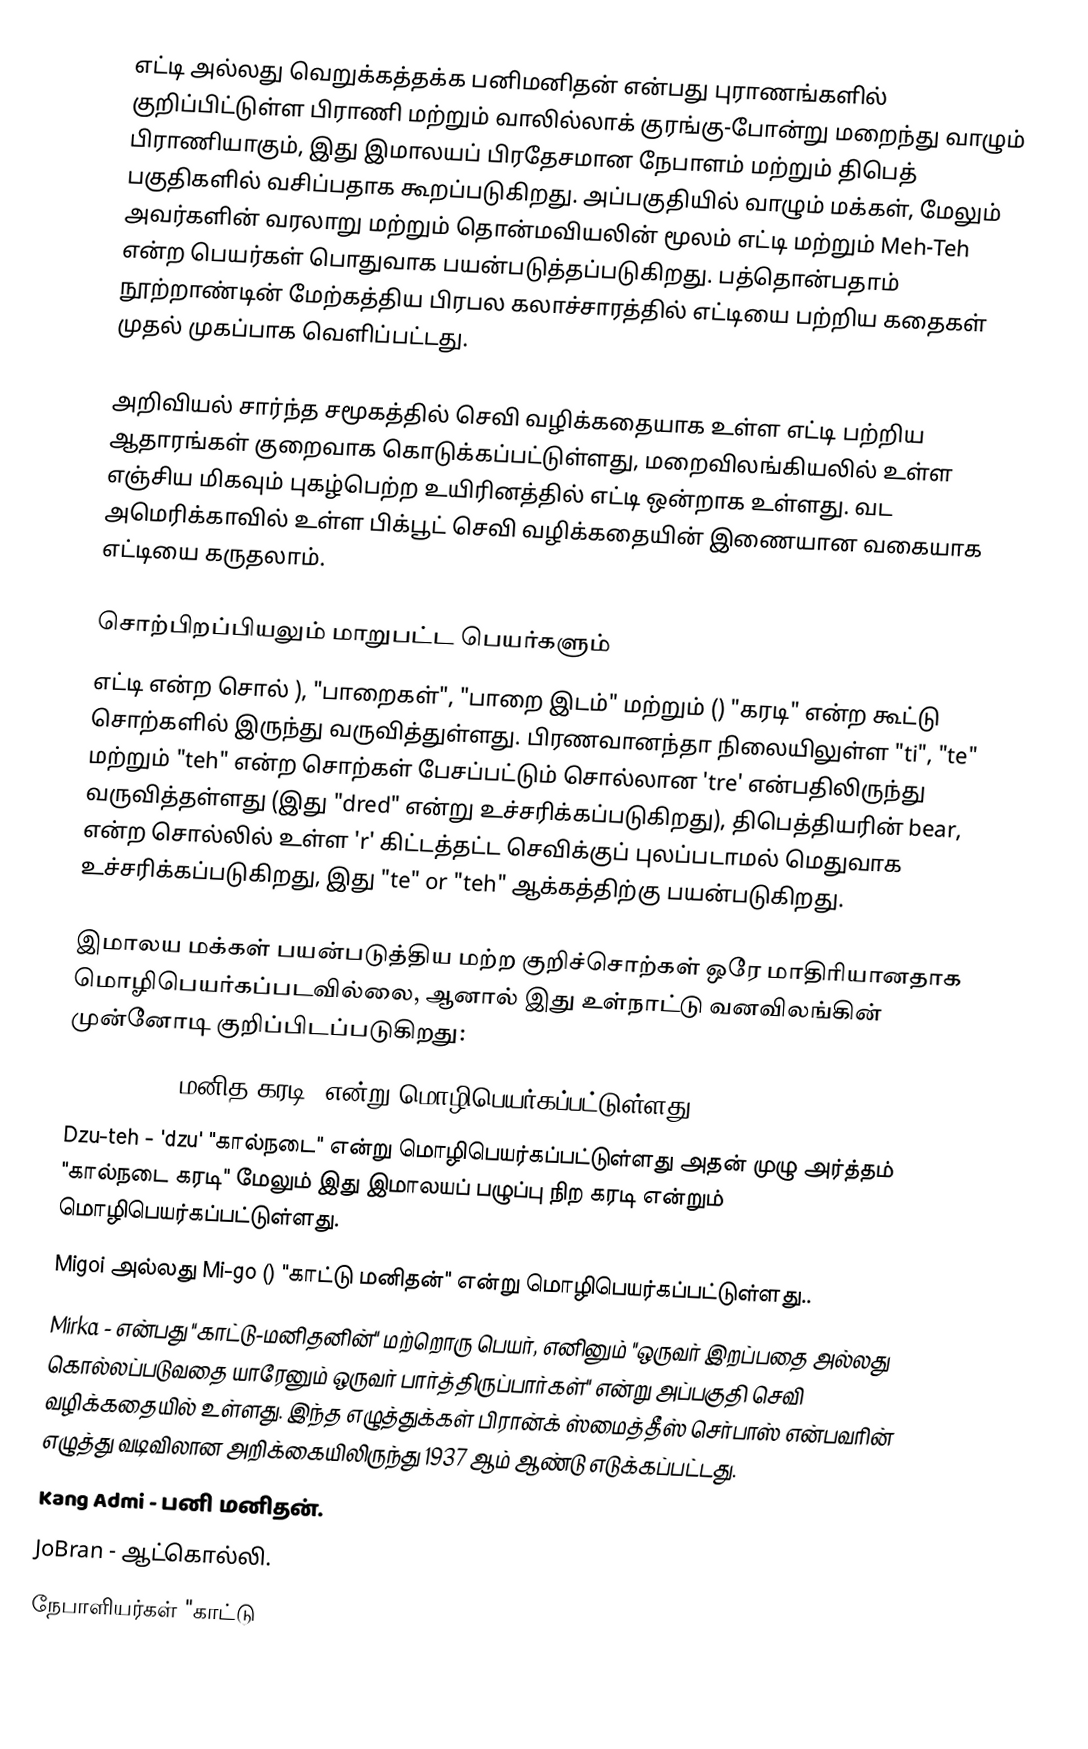
எட்டி  அல்லது வெறுக்கத்தக்க பனிமனிதன்  என்பது புராணங்களில் குறிப்பிட்டுள்ள பிராணி மற்றும் வாலில்லாக் குரங்கு-போன்று மறைந்து வாழும் பிராணியாகும், இது இமாலயப் பிரதேசமான நேபாளம் மற்றும் திபெத் பகுதிகளில் வசிப்பதாக கூறப்படுகிறது. அப்பகுதியில் வாழும் மக்கள், மேலும் அவர்களின் வரலாறு மற்றும் தொன்மவியலின் மூலம் எட்டி  மற்றும் Meh-Teh  என்ற பெயர்கள் பொதுவாக பயன்படுத்தப்படுகிறது. பத்தொன்பதாம் நூற்றாண்டின் மேற்கத்திய பிரபல கலாச்சாரத்தில் எட்டியை பற்றிய கதைகள் முதல் முகப்பாக வெளிப்பட்டது.

அறிவியல் சார்ந்த சமூகத்தில் செவி வழிக்கதையாக உள்ள எட்டி பற்றிய ஆதாரங்கள் குறைவாக கொடுக்கப்பட்டுள்ளது, மறைவிலங்கியலில் உள்ள எஞ்சிய மிகவும் புகழ்பெற்ற உயிரினத்தில் எட்டி ஒன்றாக உள்ளது. வட அமெரிக்காவில் உள்ள பிக்பூட் செவி வழிக்கதையின் இணையான வகையாக எட்டியை கருதலாம்.

சொற்பிறப்பியலும் மாறுபட்ட பெயர்களும்
எட்டி  என்ற சொல் ),  "பாறைகள்", "பாறை இடம்" மற்றும் () "கரடி" என்ற கூட்டு சொற்களில் இருந்து வருவித்துள்ளது. பிரணவானந்தா நிலையிலுள்ள "ti", "te" மற்றும் "teh" என்ற சொற்கள் பேசப்பட்டும் சொல்லான 'tre' என்பதிலிருந்து வருவித்தள்ளது (இது "dred" என்று உச்சரிக்கப்படுகிறது), திபெத்தியரின் bear, என்ற சொல்லில் உள்ள 'r' கிட்டத்தட்ட செவிக்குப் புலப்படாமல் மெதுவாக உச்சரிக்கப்படுகிறது, இது "te" or "teh" ஆக்கத்திற்கு பயன்படுகிறது.

இமாலய மக்கள் பயன்படுத்திய மற்ற குறிச்சொற்கள் ஒரே மாதிரியானதாக மொழிபெயர்கப்படவில்லை, ஆனால் இது உள்நாட்டு வனவிலங்கின் முன்னோடி குறிப்பிடப்படுகிறது:
 Meh-teh  () "மனித-கரடி" என்று மொழிபெயர்கப்பட்டுள்ளது.
 Dzu-teh  - 'dzu' "கால்நடை" என்று மொழிபெயர்கப்பட்டுள்ளது அதன் முழு அர்த்தம் "கால்நடை கரடி" மேலும் இது இமாலயப் பழுப்பு நிற கரடி என்றும் மொழிபெயர்கப்பட்டுள்ளது.
 Migoi  அல்லது Mi-go  () "காட்டு மனிதன்" என்று மொழிபெயர்கப்பட்டுள்ளது..
 Mirka  - என்பது "காட்டு-மனிதனின்" மற்றொரு பெயர், எனினும் "ஒருவர் இறப்பதை அல்லது கொல்லப்படுவதை யாரேனும் ஒருவர் பார்த்திருப்பார்கள்" என்று அப்பகுதி செவி வழிக்கதையில் உள்ளது. இந்த எழுத்துக்கள் பிரான்க் ஸ்மைத்தீஸ் செர்பாஸ் என்பவரின் எழுத்து வடிவிலான அறிக்கையிலிருந்து 1937 ஆம் ஆண்டு எடுக்கப்பட்டது.
 Kang Admi  - பனி மனிதன்.
 JoBran  - ஆட்கொல்லி.
நேபாளியர்கள் "காட்டு